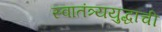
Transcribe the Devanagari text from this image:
स्वातंत्र्ययुद्धाची